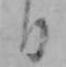
日